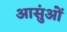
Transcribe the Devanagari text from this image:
आसुंओं